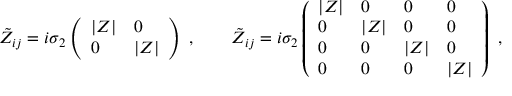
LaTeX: \tilde { Z } _ { i j } = i \sigma _ { 2 } \left( \begin{array} { l l } { { | Z | } } & { { 0 } } \\ { { 0 } } & { { | Z | } } \end{array} \right) \ , \qquad \tilde { Z } _ { i j } = i \sigma _ { 2 } \left( \begin{array} { l l l l } { { | Z | } } & { { 0 } } & { { 0 } } & { { 0 } } \\ { { 0 } } & { { | Z | } } & { { 0 } } & { { 0 } } \\ { { 0 } } & { { 0 } } & { { | Z | } } & { { 0 } } \\ { { 0 } } & { { 0 } } & { { 0 } } & { { | Z | } } \end{array} \right) \ ,